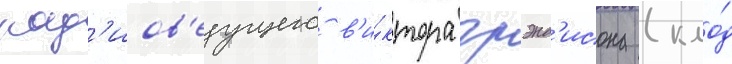
рад'иов'едущего в'и́ктора грэнд'исона (кло́д